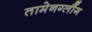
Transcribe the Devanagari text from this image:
तामेनग्लौंग